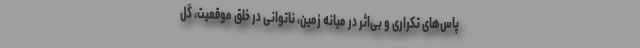
پاس‌های تکراری و بی‌اثر در میانه زمین، ناتوانی در خلق موقعیت، گل